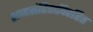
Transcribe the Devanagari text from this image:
शब्दसंहिताविरहित